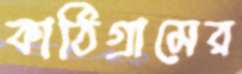
কাঠিগ্রামের